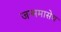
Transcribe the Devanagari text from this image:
जन्ममासेच